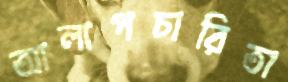
আলাপচারিতা